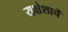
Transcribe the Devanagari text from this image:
यक्षेशाचें